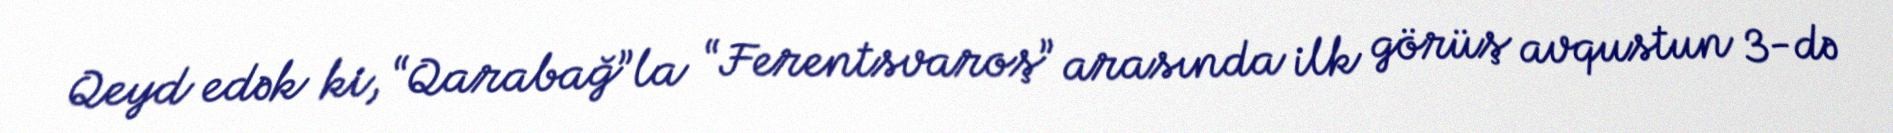
Qeyd edək ki, “Qarabağ”la “Ferentsvaroş” arasında ilk görüş avqustun 3-də